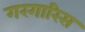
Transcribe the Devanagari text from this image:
गरगारिस